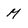
Character: M